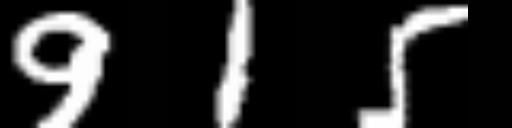
Text: 915